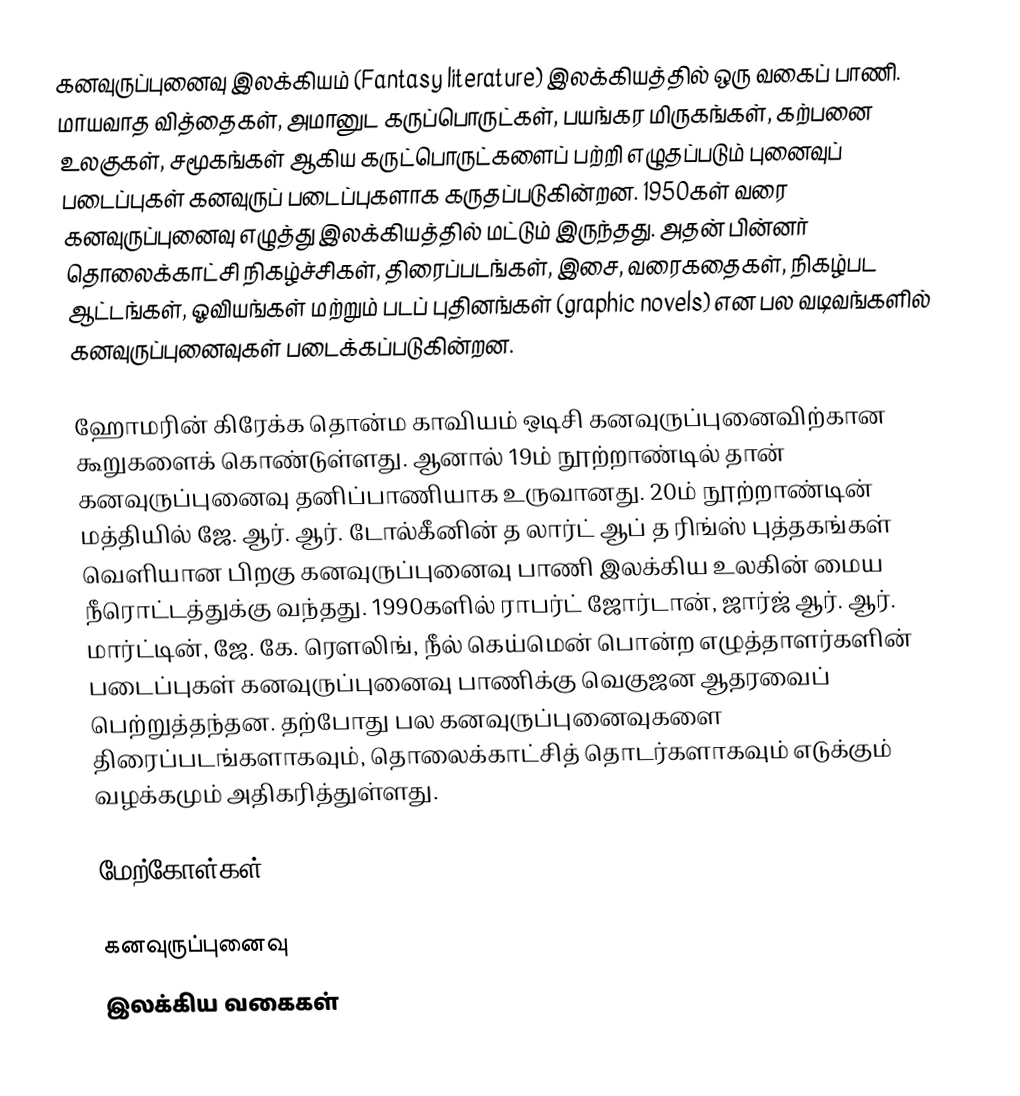
கனவுருப்புனைவு இலக்கியம் (Fantasy literature) இலக்கியத்தில் ஒரு வகைப் பாணி. மாயவாத வித்தைகள், அமானுட கருப்பொருட்கள், பயங்கர மிருகங்கள், கற்பனை உலகுகள், சமூகங்கள் ஆகிய கருட்பொருட்களைப் பற்றி எழுதப்படும் புனைவுப் படைப்புகள் கனவுருப் படைப்புகளாக கருதப்படுகின்றன. 1950கள் வரை கனவுருப்புனைவு எழுத்து இலக்கியத்தில் மட்டும் இருந்தது. அதன் பின்னர் தொலைக்காட்சி நிகழ்ச்சிகள், திரைப்படங்கள், இசை, வரைகதைகள், நிகழ்பட ஆட்டங்கள், ஓவியங்கள் மற்றும் படப் புதினங்கள் (graphic novels) என பல வடிவங்களில் கனவுருப்புனைவுகள் படைக்கப்படுகின்றன.

ஹோமரின் கிரேக்க தொன்ம காவியம் ஒடிசி கனவுருப்புனைவிற்கான கூறுகளைக் கொண்டுள்ளது. ஆனால் 19ம் நூற்றாண்டில் தான் கனவுருப்புனைவு தனிப்பாணியாக உருவானது. 20ம் நூற்றாண்டின் மத்தியில் ஜே. ஆர். ஆர். டோல்கீனின் த லார்ட் ஆப் த ரிங்ஸ் புத்தகங்கள் வெளியான பிறகு கனவுருப்புனைவு பாணி இலக்கிய உலகின் மைய நீரொட்டத்துக்கு வந்தது. 1990களில் ராபர்ட் ஜோர்டான், ஜார்ஜ் ஆர். ஆர். மார்ட்டின், ஜே. கே. ரௌலிங், நீல் கெய்மென் பொன்ற எழுத்தாளர்களின் படைப்புகள் கனவுருப்புனைவு பாணிக்கு வெகுஜன ஆதரவைப் பெற்றுத்தந்தன. தற்போது பல கனவுருப்புனைவுகளை திரைப்படங்களாகவும், தொலைக்காட்சித் தொடர்களாகவும் எடுக்கும் வழக்கமும் அதிகரித்துள்ளது.

மேற்கோள்கள்

கனவுருப்புனைவு
இலக்கிய வகைகள்